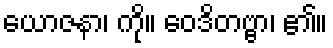
ယောဇနာ၊ ကို။ ဝေဒိတဗ္ဗာ၊ ၏။